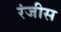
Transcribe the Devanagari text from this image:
रंजीस